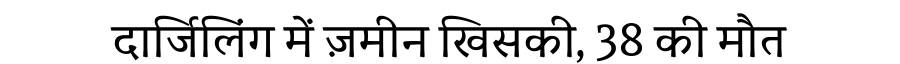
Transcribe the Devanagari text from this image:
दार्जिलिंग में ज़मीन खिसकी, 38 की मौत